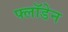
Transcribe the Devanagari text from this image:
फ्लॉडेन